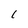
Character: l